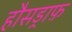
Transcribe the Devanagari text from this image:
हौसड्राफ़